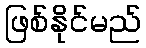
ဖြစ်နိုင်မည်